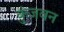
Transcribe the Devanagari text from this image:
कुंजवन